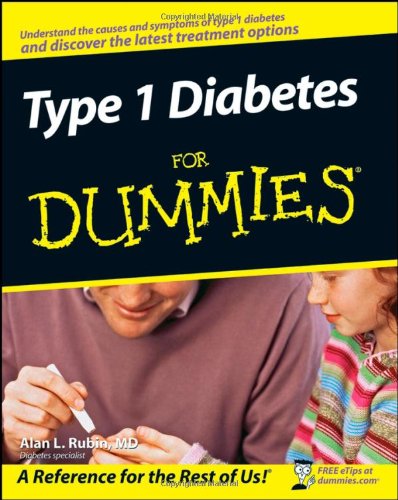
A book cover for Type 1 Diabetes For Dummies; Alan L. Rubin; Health, Fitness & Dieting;